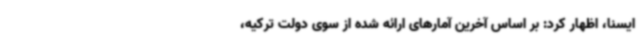
ایسنا، اظهار کرد: بر اساس آخرین آمارهای ارائه شده از سوی دولت ترکیه،